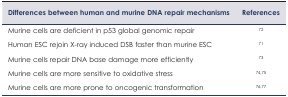
<table><thead><tr><td><b>Differences between human and murine DNA repair mechanisms</b></td><td><b>References</b></td></tr></thead><tbody><tr><td>Murine cells are deficient in p53 global genomic repair</td><td>72</td></tr><tr><td>Human ESC rejoin X-ray induced DSB faster than murine ESC</td><td>71</td></tr><tr><td>Murine cells repair DNA base damage more efficiently</td><td>73</td></tr><tr><td>Murine cells are more sensitive to oxidative stress</td><td>74,75</td></tr><tr><td>Murine cells are more prone to oncogenic transformation</td><td>76,77</td></tr></tbody></table>